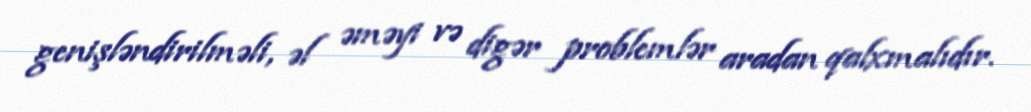
genişləndirilməli, əl əməyi və digər problemlər aradan qalxmalıdır.